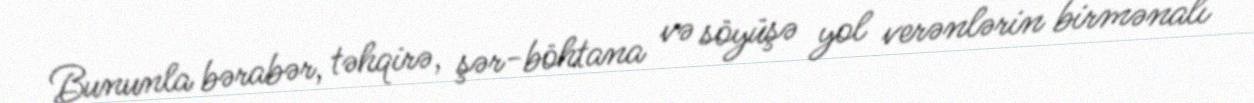
Bununla bərabər, təhqirə, şər-böhtana və söyüşə yol verənlərin birmənalı